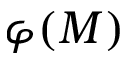
\varphi ( M )